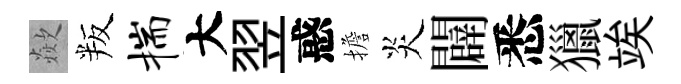
歘叛揣大翌惑擔炎闢悉獵竢